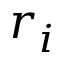
r _ { i }